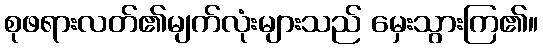
စုဖရားလတ်၏မျက်လုံးများသည် မှေးသွားကြ၏။